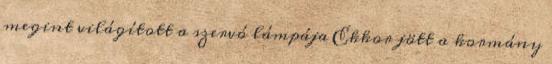
megint világított a szervó lámpája Ekkor jött a kormány